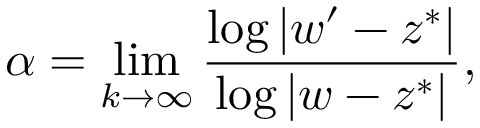
\alpha = \operatorname* { l i m } _ { k \to \infty } { \frac { \log | w ^ { \prime } - z ^ { * } | } { \log | w - z ^ { * } | } } ,